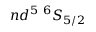
n d ^ { 5 } ~ { } ^ { 6 } S _ { 5 / 2 }